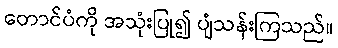
တောင်ပံကို အသုံးပြု၍ ပျံသန်းကြသည်။